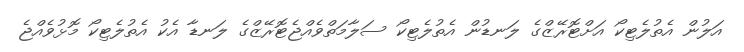
އަލުން އެތުލެޓިކޯ އަށްޓޮރޭޒްގެ ލަނޑުން އެތުލެޓިކޯ ސަލާމަތްވެއްޖެޓޮރޭޒްގެ ލަނޑާ އެކު އެތުލެޓިކޯ މޮޅުވެއްޖެ